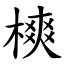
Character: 樉